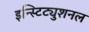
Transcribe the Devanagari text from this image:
इन्स्टिट्युशनल